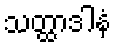
သတ္ထာဒါနံ